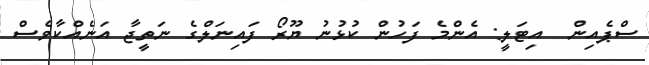
ސްޕެއިން  އިޓަލީ: އެންމެ ފަހުން ކުޅުނު ޔޫރޯ ފައިނަލްގެ ނަތީޖާ އަނެއްކާވެސް